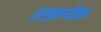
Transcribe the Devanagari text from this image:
तख़लीक़